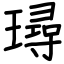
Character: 璕